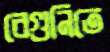
বেগুনিতে